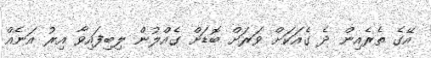
އޭގެ ތެރެއިން ދެ ގެއަކަށް ވަރަށް ބޮޑަށް ގެއްލުން ލިބިފައިވާ އިރު އަނެއް